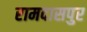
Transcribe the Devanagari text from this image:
रामदासपुर